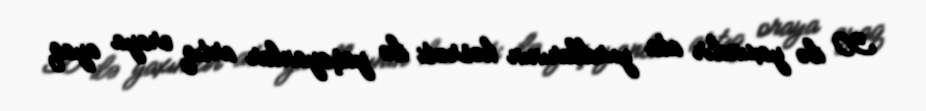
30 ilə yaxındır ata yurdlarının həsrəti ilə yaşayanlar artıq oraya ayaq